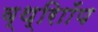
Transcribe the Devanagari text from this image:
व्थ्राॉिंप